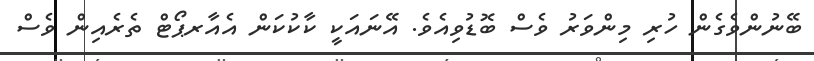
ބޭނުންވެގެން ހުރި މިންވަރު ވެސް ބޮޑުވިއެވެ. އޭނައަކީ ކާކުކަން އެއާރޕޯޓް ތެރެއިން ވެސް